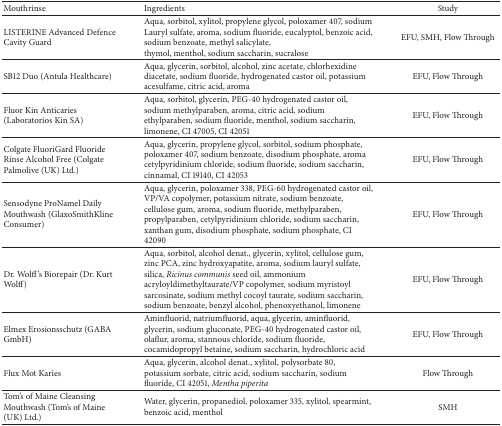
<table><thead><tr><td><b>Mouthrinse</b></td><td><b>Ingredients</b></td><td><b>Study</b></td></tr></thead><tbody><tr><td>LISTERINE Advanced Defence Cavity Guard</td><td>Aqua, sorbitol, xylitol, propylene glycol, poloxamer 407, sodium Lauryl sulfate, aroma, sodium fluoride, eucalyptol, benzoic acid, sodium benzoate, methyl salicylate,thymol, menthol, sodium saccharin, sucralose</td><td>EFU, SMH, Flow Through</td></tr><tr><td>SB12 Duo (Antula Healthcare)</td><td>Aqua, glycerin, sorbitol, alcohol, zinc acetate, chlorhexidine diacetate, sodium fluoride, hydrogenated castor oil, potassium acesulfame, citric acid, aroma</td><td>EFU, Flow Through</td></tr><tr><td>Fluor Kin Anticaries (Laboratorios Kin SA)</td><td>Aqua, sorbitol, glycerin, PEG-40 hydrogenated castor oil, sodium methylparaben, aroma, citric acid, sodium ethylparaben, sodium fluoride, menthol, sodium saccharin, limonene, CI 47005, CI 42051</td><td>EFU, Flow Through</td></tr><tr><td>Colgate FluoriGard Fluoride Rinse Alcohol Free (Colgate Palmolive (UK) Ltd.)</td><td>Aqua, glycerin, propylene glycol, sorbitol, sodium phosphate, poloxamer 407, sodium benzoate, disodium phosphate, aroma cetylpyridinium chloride, sodium fluoride, sodium saccharin, cinnamal, CI 19140, CI 42053</td><td>EFU, Flow Through</td></tr><tr><td>Sensodyne ProNamel Daily Mouthwash (GlaxoSmithKline Consumer)</td><td>Aqua, glycerin, poloxamer 338, PEG-60 hydrogenated castor oil, VP/VA copolymer, potassium nitrate, sodium benzoate, cellulose gum, aroma, sodium fluoride, methylparaben, propylparaben, cetylpyridinium chloride, sodium saccharin, xanthan gum, disodium phosphate, sodium phosphate, CI 42090 </td><td>EFU, Flow Through</td></tr><tr><td>Dr. Wolff&#x27;s Biorepair (Dr. Kurt Wolff)</td><td>Aqua, sorbitol, alcohol denat., glycerin, xylitol, cellulose gum, zinc PCA, zinc hydroxyapatite, aroma, sodium lauryl sulfate, silica, <i>Ricinus communis</i> seed oil, ammonium acryloyldimethyltaurate/VP copolymer, sodium myristoyl sarcosinate, sodium methyl cocoyl taurate, sodium saccharin, sodium benzoate, benzyl alcohol, phenoxyethanol, limonene</td><td>EFU, Flow Through</td></tr><tr><td>Elmex Erosionsschutz (GABA GmbH)</td><td>Aminfluorid, natriumfluorid, aqua, glycerin, aminfluorid, glycerin, sodium gluconate, PEG-40 hydrogenated castor oil, olaflur, aroma, stannous chloride, sodium fluoride, cocamidopropyl betaine, sodium saccharin, hydrochloric acid </td><td>EFU, Flow Through</td></tr><tr><td>Flux Mot Karies</td><td>Aqua, glycerin, alcohol denat., xylitol, polysorbate 80, potassium sorbate, citric acid, sodium saccharin, sodium fluoride, CI 42051,<i>Mentha piperita </i></td><td>Flow Through</td></tr><tr><td>Tom&#x27;s of Maine Cleansing Mouthwash (Tom&#x27;s of Maine (UK) Ltd.)</td><td>Water, glycerin, propanediol, poloxamer 335, xylitol, spearmint, benzoic acid, menthol </td><td>SMH</td></tr></tbody></table>